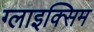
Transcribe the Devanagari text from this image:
ग्लाइक्सिम